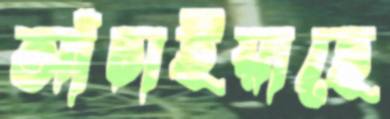
আঁচাইয়াছে